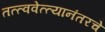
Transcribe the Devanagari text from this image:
तत्त्ववेत्त्यानंतरचे